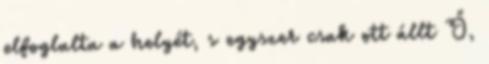
elfoglalta a helyét, s egyszer csak ott állt Ő,